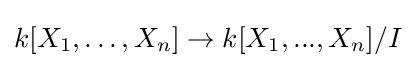
k[X_{1},\dots ,X_{n}]\to k[X_{1},...,X_{n}]/I